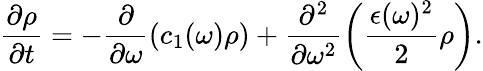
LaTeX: \frac{\partial\rho}{\partial t}=-\frac{\partial}{\partial\omega}\left(c_{1}(\omega)\rho\right)+\frac{\partial^{2}}{\partial\omega^{2}}\left(\frac{\epsilon(\omega)^{2}}{2}\rho\right).